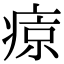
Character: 𤷦